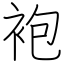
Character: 袍